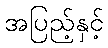
အပြည့်နှင့်